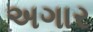
અગાર